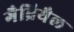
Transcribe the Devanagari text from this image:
गैब्रियैल